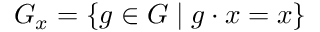
G _ { x } = \{ g \in G \mid g \cdot x = x \}